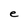
Character: e